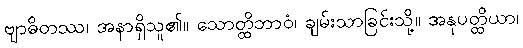
ဗျာဓိတဿ၊ အနာရှိသူ၏။ သောတ္ထိဘာဝံ၊ ချမ်းသာခြင်းသို့။ အနုပတ္ထိယာ၊